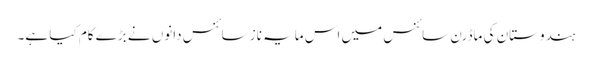
ہندوستان کی ماڈرن سائنس میں اس مایہ ناز سائنس دانوں نے بڑے کام کیا ہے۔